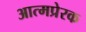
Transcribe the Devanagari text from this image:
आत्मप्रेरक